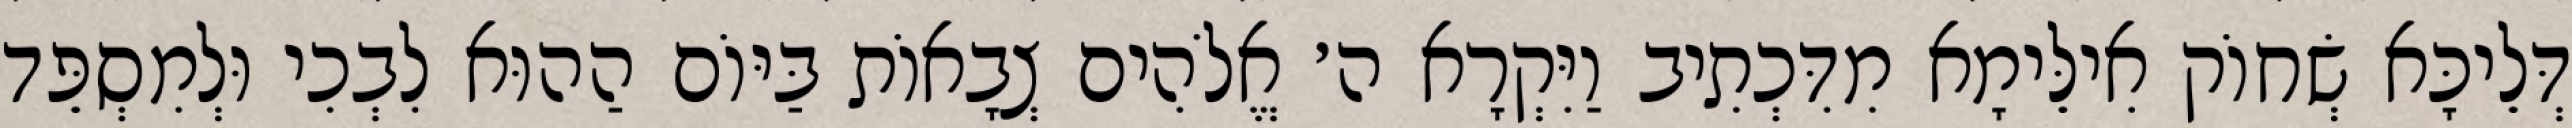
דְּלֵיכָּא שְׂחוֹק אִילֵּימָא מִדִּכְתִיב וַיִּקְרָא ה׳ אֱלֹהִים צְבָאוֹת בַּיּוֹם הַהוּא לִבְכִי וּלְמִסְפֵּד